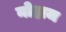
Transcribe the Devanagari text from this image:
नोहाज